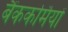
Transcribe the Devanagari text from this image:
बैंककर्मियों